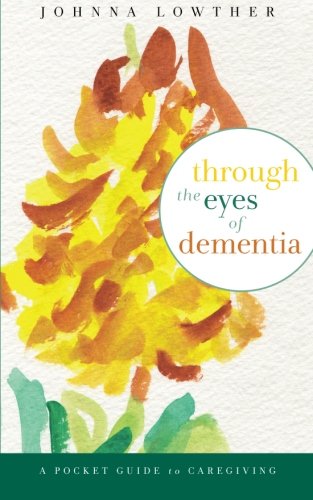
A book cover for Through The Eyes Of Dementia: A Pocket Guide to Caregiving; Johnna M Lowther; Health, Fitness & Dieting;